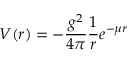
V ( r ) = - { \frac { g ^ { 2 } } { 4 \pi } } { \frac { 1 } { r } } e ^ { - \mu r }